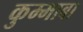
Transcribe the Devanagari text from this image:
कुम्माबा